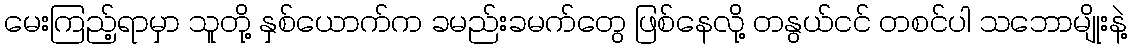
မေးကြည့်ရာမှာ သူတို့ နှစ်ယောက်က ခမည်းခမက်တွေ ဖြစ်နေလို့ တနွယ်ငင် တစင်ပါ သဘောမျိုးနဲ့